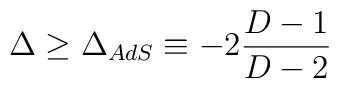
\Delta \geq \Delta_{AdS} \equiv -2 \frac{D-1}{D-2}